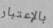
بالإعتبار